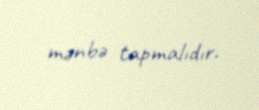
mənbə tapmalıdır.